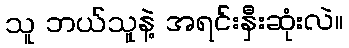
သူ ဘယ်သူနဲ့ အရင်းနှီးဆုံးလဲ။